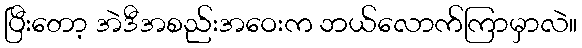
ပြီးတော့ အဲဒီအစည်းအဝေးက ဘယ်လောက်ကြာမှာလဲ။